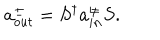
a _ { o u t } ^ { \pm } = S ^ { \dagger } a _ { i n } ^ { \pm } S .